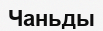
Чаньды